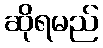
ဆိုရမည်